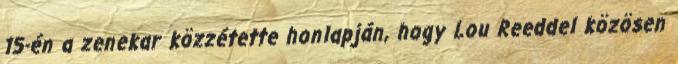
15-én a zenekar közzétette honlapján, hogy Lou Reeddel közösen